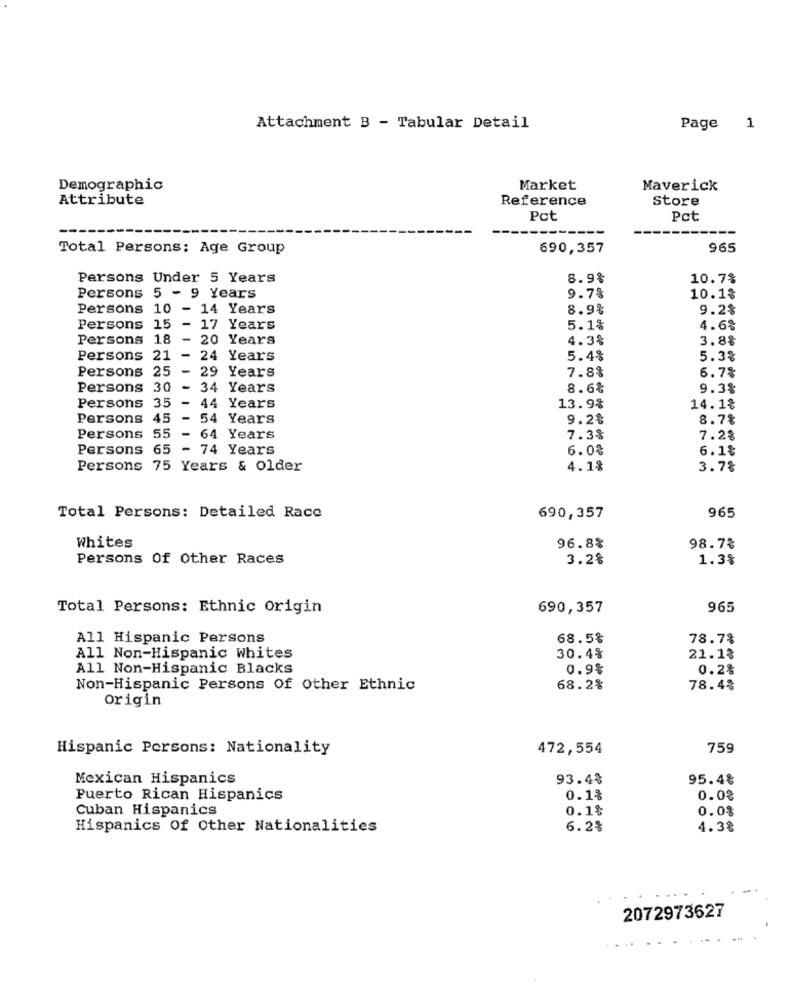
Attachment B - Tabular Detail
Page
1
Demographic
Market
Maverick
Attribute
Reference
Store
Pct
Pct
Total Persons; Age Group
690,357
965
Persons Under 5 Years
8.9%
10.7%
Persons 5 - 9 Years
9.7%
10.1%
Persons 10
- 14 Years
8.9%
9.2%
Persons 15
-
17 Years
5.1%
4.6%
Persons 18
-
20 Years
4.3%
3.88
Persons 21
-
24 Years
5.4%
5.3%
Persons 25
-
29 Years
7.8%
6.7%
Persons 30
34 Years
8.6%
9.3%
-
Persons 35
44 Years
13.9%
14.1%
Persons 45
-
54 Years
9.2%
8.7%
55
-
Persons
64 Years
7.3%
7.2%
Persons 65
-
74 Years
6.0%
6.1%
Persons 75 Years & older
4.1%
3.7%
965
Total Persons: Detailed Race
690,357
Whites
96.8%
98.7%
Persons Of Other Races
3.2%
1.3%
Total Persons: Ethnic Origin
690,357
965
All Hispanic Persons
68.5%
78.7%
All Non-Hispanic Whites
30.4%
21.1%
All Non-Hispanic Blacks
0.9%
0.2%
Non-Hispanic Persons Of Other Ethnic
68.2%
78.4%
origin
Hispanic Persons: Nationality
472,554
759
Mexican Hispanics
93.4%
95.4%
Puerto Rican Hispanics
0.1%
0.02
Cuban Hispanics
0.1%
0.0%
Hispanics Of Other Nationalities
6.2%
4.38
2072973627